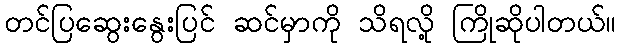
တင်ပြဆွေးနွေးပြင် ဆင်မှာကို သိရလို့ ကြိုဆိုပါတယ်။